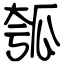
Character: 瓠